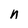
Character: n